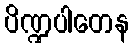
ပိဏ္ဍပါတေန